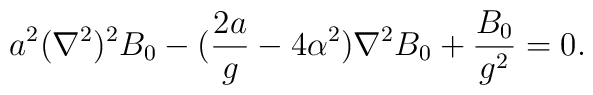
a^2(\nabla^2)^2B_0-({{2a}\over g}-4\alpha^2)\nabla^2B_0+{{B_0}\over{g^2}}=0.